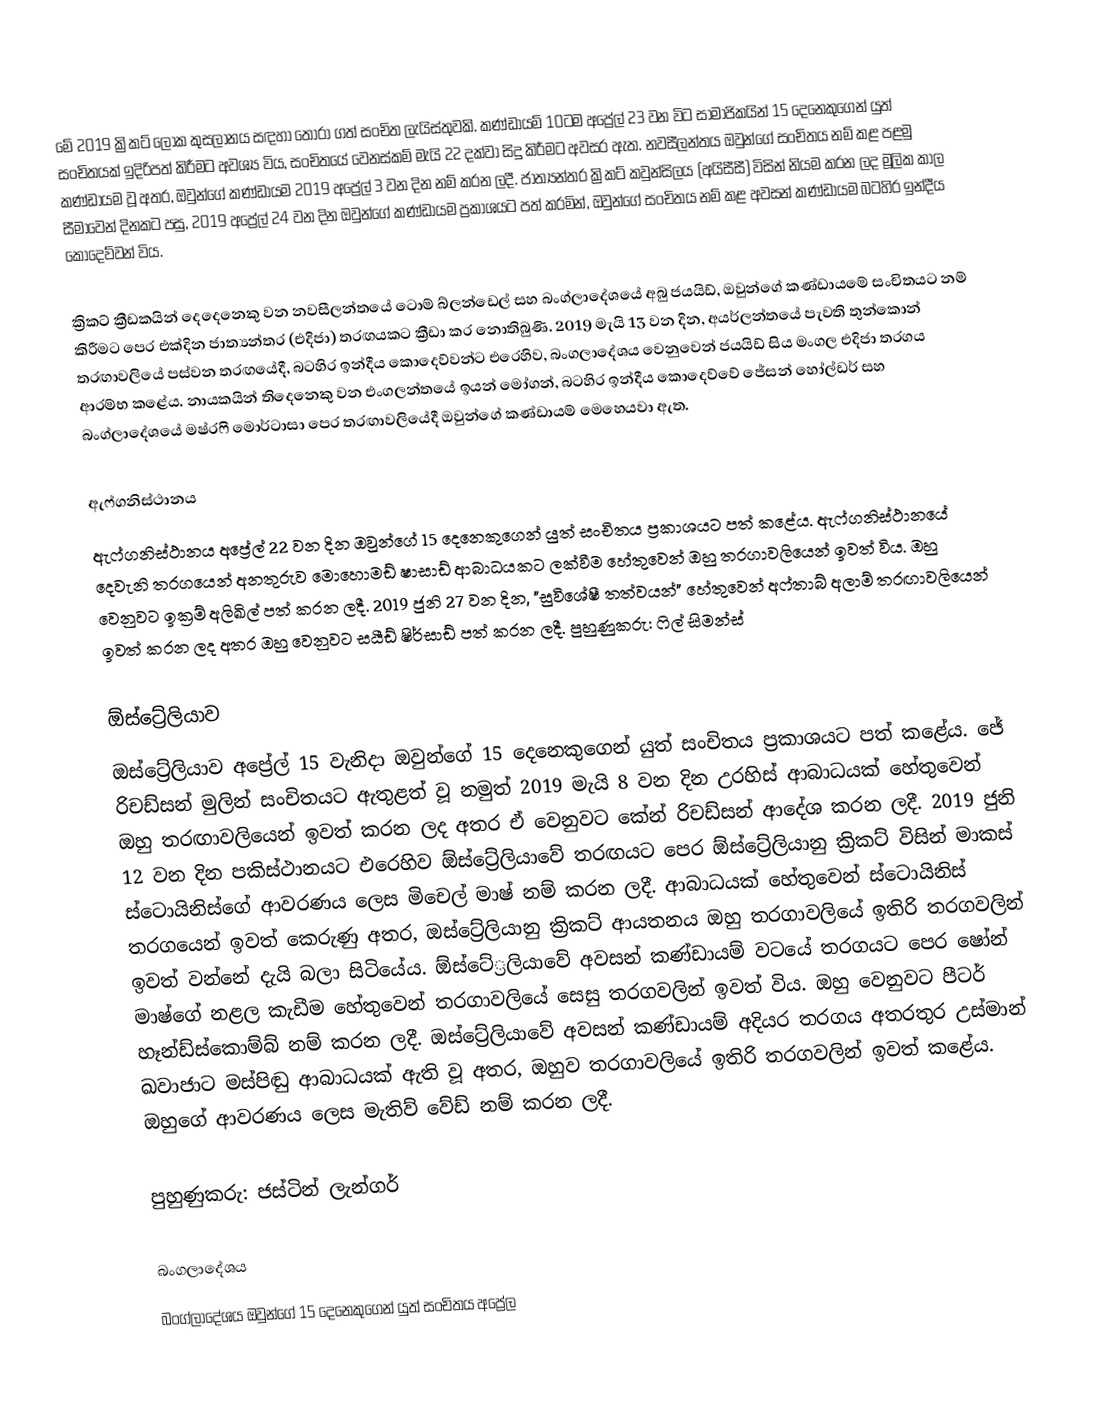
මේ 2019 ක්‍රිකට් ලෝක කුසලානය සඳහා තෝරා ගත් සංචිත ලැයිස්තුවකි. කණ්ඩායම් 10ටම අප්‍රේල් 23 වන විට සාමාජිකයින් 15 දෙනෙකුගෙන් යුත් සංචිතයක් ඉදිරිපත් කිරීමට අවශ්‍ය විය, සංචිතයේ වෙනස්කම් මැයි 22 දක්වා සිදු කිරීමට අවසර ඇත. නවසීලන්තය ඔවුන්ගේ සංචිතය නම් කළ පළමු කණ්ඩායම වූ අතර, ඔවුන්ගේ කණ්ඩායම 2019 අප්‍රේල් 3 වන දින නම් කරන ලදී. ජාත්‍යන්තර ක්‍රිකට් කවුන්සිලය (අයිසීසී) විසින් නියම කරන ලද මූලික කාල සීමාවෙන් දිනකට පසු, 2019 අප්‍රේල් 24 වන දින ඔවුන්ගේ කණ්ඩායම ප්‍රකාශයට පත් කරමින්, ඔවුන්ගේ සංචිතය නම් කළ අවසන් කණ්ඩායම බටහිර ඉන්දීය කොදෙව්වන් විය.

ක්‍රිකට් ක්‍රීඩකයින් දෙදෙනෙකු වන නවසීලන්තයේ ටොම් බ්ලන්ඩෙල් සහ බංග්ලාදේශයේ අබු ජයයිඩ්, ඔවුන්ගේ කණ්ඩායමේ සංචිතයට නම් කිරීමට පෙර එක්දින ජාත්‍යන්තර (එදිජා) තරඟයකට ක්‍රීඩා කර නොතිබුණි. 2019 මැයි 13 වන දින, අයර්ලන්තයේ පැවති තුන්කොන් තරඟාවලියේ පස්වන තරඟයේදී, බටහිර ඉන්දීය කොදෙව්වන්ට එරෙහිව, බංගලාදේශය වෙනුවෙන් ජයයිඩ් සිය මංගල එදිජා තරගය ආරම්භ කළේය. නායකයින් තිදෙනෙකු වන එංගලන්තයේ ඉයන් මෝගන්, බටහිර ඉන්දීය කොදෙව්වේ ජේසන් හෝල්ඩර් සහ බංග්ලාදේශයේ මෂ්රෆි මොර්ටාසා පෙර තරඟාවලියේදී ඔවුන්ගේ කණ්ඩායම් මෙහෙයවා ඇත.

ඇෆ්ගනිස්ථානය
ඇෆ්ගනිස්ථානය අප්‍රේල් 22 වන දින ඔවුන්ගේ 15 දෙනෙකුගෙන් යුත් සංචිතය ප්‍රකාශයට පත් කළේය. ඇෆ්ගනිස්ථානයේ දෙවැනි තරගයෙන් අනතුරුව මොහොමඩ් ෂාසාඩ් ආබාධයකට ලක්වීම හේතුවෙන් ඔහු තරගාවලියෙන් ඉවත් විය. ඔහු වෙනුවට ඉක්‍රම් අලිඛිල් පත් කරන ලදී. 2019 ජුනි 27 වන දින, "සුවිශේෂී තත්වයන්" හේතුවෙන් අෆ්තාබ් අලාම් තරඟාවලියෙන් ඉවත් කරන ලද අතර ඔහු වෙනුවට සයීඩ් ෂිර්සාඩ් පත් කරන ලදී. පුහුණුකරු:  ෆිල් සිමන්ස්

ඕස්ට්‍රේලියාව
ඔස්ට්‍රේලියාව අප්‍රේල් 15 වැනිදා ඔවුන්ගේ 15 දෙනෙකුගෙන් යුත් සංචිතය ප්‍රකාශයට පත් කළේය. ජේ රිචඩ්සන් මුලින් සංචිතයට ඇතුළත් වූ නමුත් 2019 මැයි 8 වන දින උරහිස් ආබාධයක් හේතුවෙන් ඔහු තරඟාවලියෙන් ඉවත් කරන ලද අතර ඒ වෙනුවට කේන් රිචඩ්සන් ආදේශ කරන ලදී. 2019 ජුනි 12 වන දින පකිස්ථානයට එරෙහිව ඕස්ට්‍රේලියාවේ තරඟයට පෙර ඕස්ට්‍රේලියානු ක්‍රිකට් විසින් මාකස් ස්ටොයිනිස්ගේ ආවරණය ලෙස මිචෙල් මාෂ් නම් කරන ලදී. ආබාධයක් හේතුවෙන් ස්ටොයිනිස් තරගයෙන් ඉවත් කෙරුණු අතර, ඔස්ට්‍රේලියානු ක්‍රිකට් ආයතනය ඔහු තරගාවලියේ ඉතිරි තරගවලින් ඉවත් වන්නේ දැයි බලා සිටියේය. ඕස්ටේ‍්‍රලියාවේ අවසන් කණ්ඩායම් වටයේ තරගයට පෙර ෂෝන් මාෂ්ගේ නළල කැඩීම හේතුවෙන් තරගාවලියේ සෙසු තරගවලින් ඉවත් විය. ඔහු වෙනුවට පීටර් හෑන්ඩ්ස්කොම්බ් නම් කරන ලදී. ඔස්ට්‍රේලියාවේ අවසන් කණ්ඩායම් අදියර තරගය අතරතුර උස්මාන් ඛවාජාට මස්පිඬු ආබාධයක් ඇති වූ අතර, ඔහුව තරගාවලියේ ඉතිරි තරගවලින් ඉවත් කළේය. ඔහුගේ ආවරණය ලෙස මැතිව් වේඩ් නම් කරන ලදී.

පුහුණුකරු:  ජස්ටින් ලැන්ගර්

බංගලාදේශය
බංග්ලාදේශය ඔවුන්ගේ 15 දෙනෙකුගෙන් යුත් සංචිතය අප්‍රේල